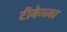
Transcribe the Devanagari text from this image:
टीकेच्या